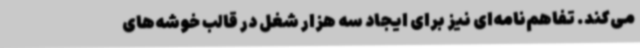
می‌کند. تفاهم‌نامه‌ای نیز برای ایجاد سه هزار شغل در قالب خوشه‌های